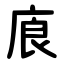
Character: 㢃